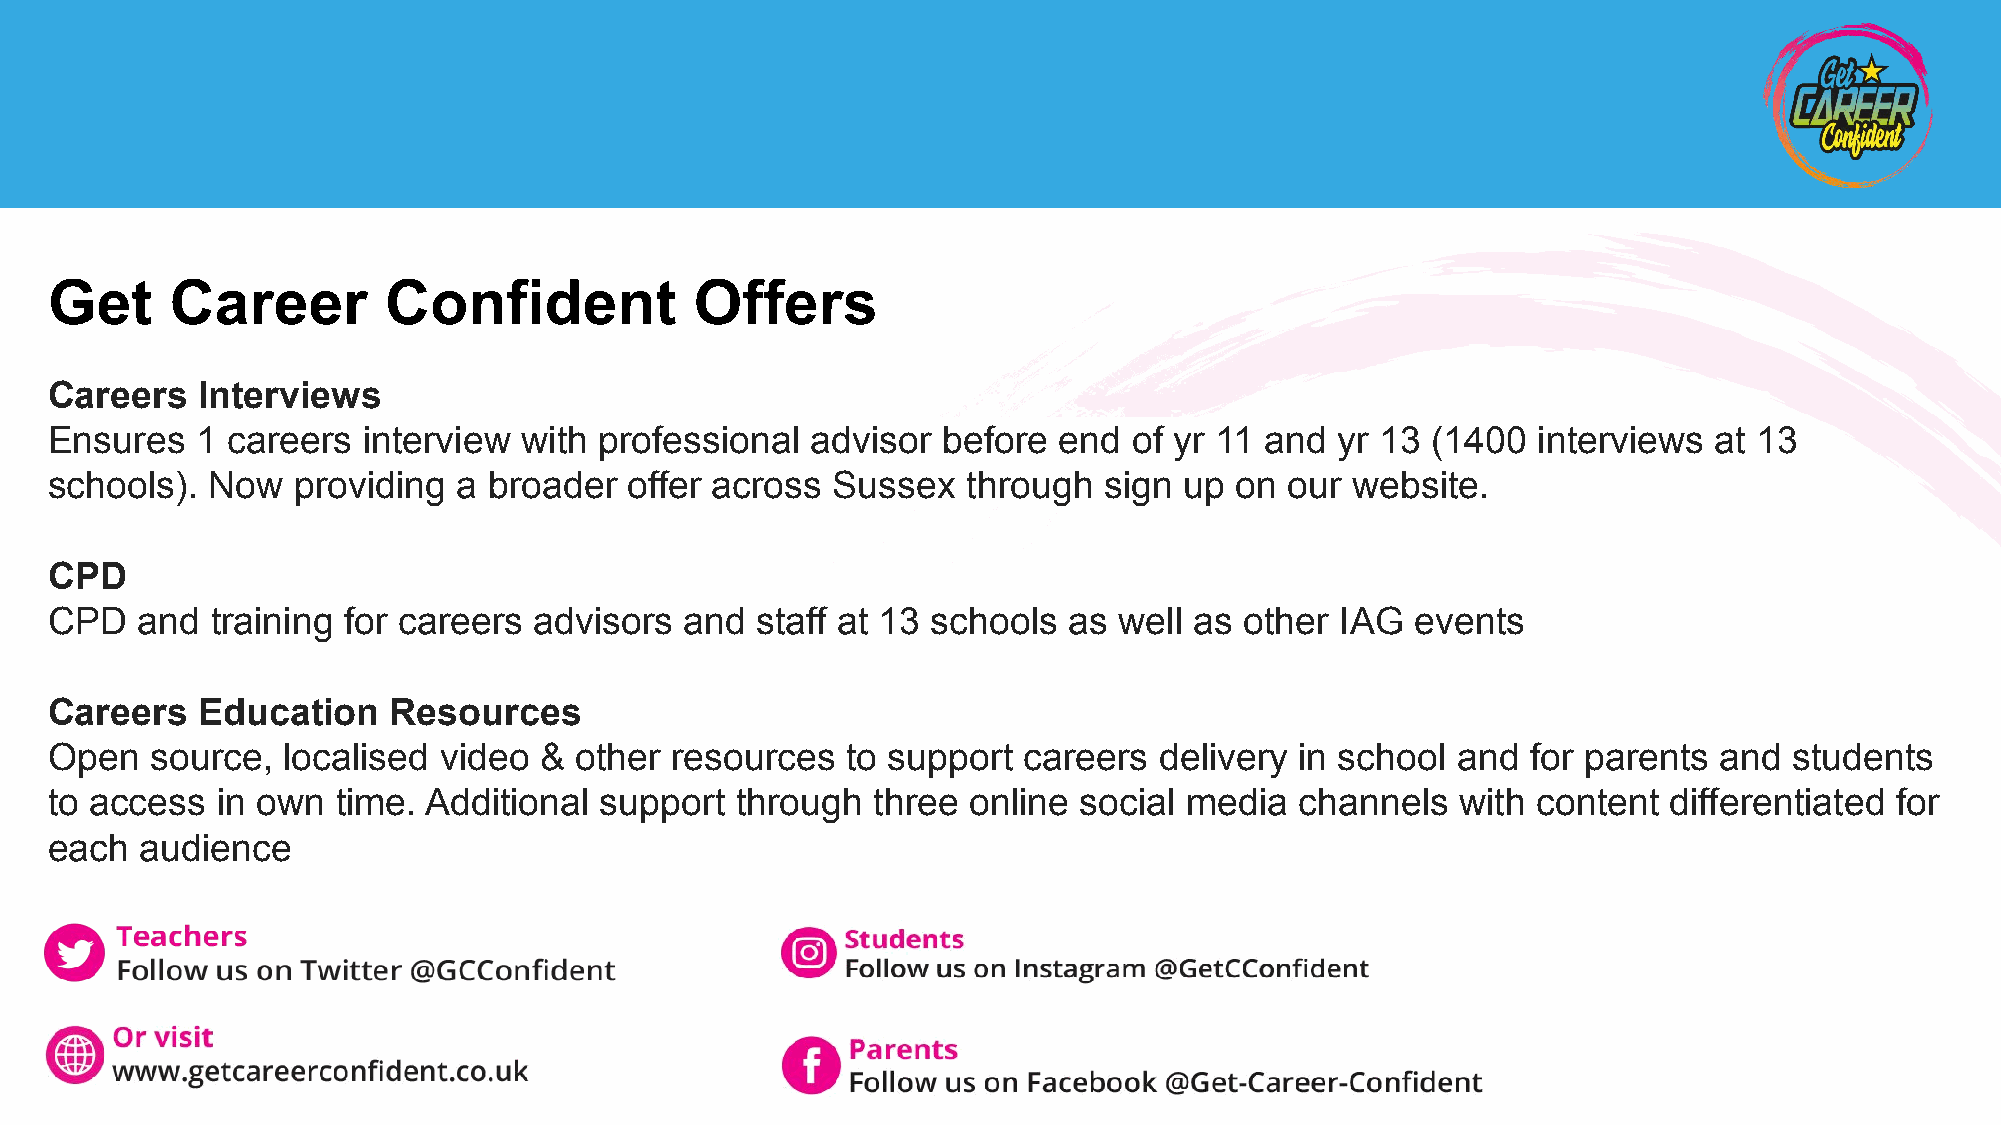
Get     Career        Confident            Offers
 Careers   Interviews
 Ensures   1 careers  interview with  professional  advisor before  end  of yr 11 and  yr 13 (1400  interviews at 13
 schools).  Now  providing  a broader   offer across Sussex   through  sign up  on our website.
 CPD
 CPD   and  training for careers advisors  and  staff at 13 schools  as well as other  IAG  events
 Careers   Education    Resources
 Open   source,  localised video  & other resources   to support  careers  delivery in school and  for parents  and  students
 to access  in own  time. Additional  support  through  three online social media   channels   with content differentiated for
 each  audience